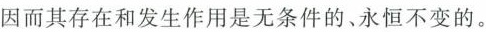
因而其存在和发生作用是无条件的。永恒不变的。